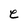
Character: e